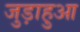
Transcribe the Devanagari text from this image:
जुड़ाहुआ